Plague in India, 1896, 1897 - Volume 4
Year: 1896
Disease focus: Plague
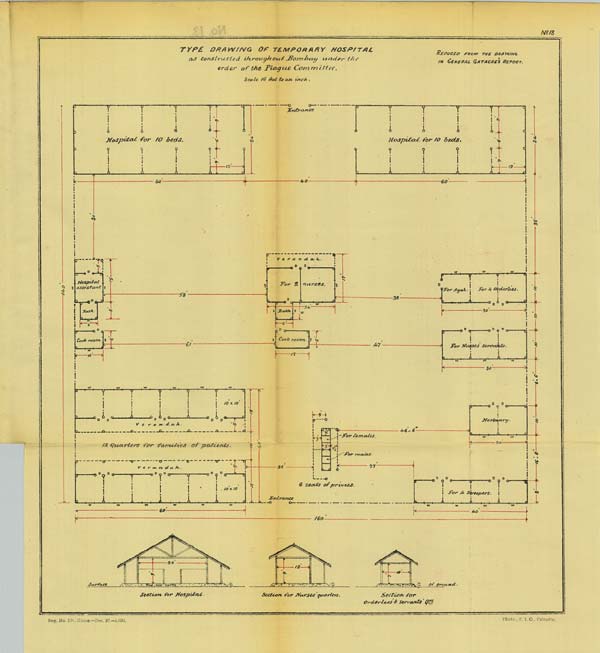
No.13
TYPE DRAWING OF TEMPORARY HOSPITAL
as constructed throughout Bombay under the
order of the Plague Committee.
Scale 16 feet to an inch.
REDUCED FROM THE DRAWING
IN GENERAL GATACRE'S REPORT.
Reg. No. 594, Home.—Dec. 97.—1,000.
Photo., S. I. O., Calcutta.